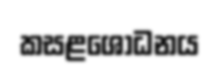
කසළශෝධනය